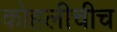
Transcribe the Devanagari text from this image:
कोहलीचीच